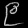
Digit: ၉